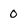
Character: O